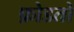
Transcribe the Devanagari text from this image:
फ़ोडतो